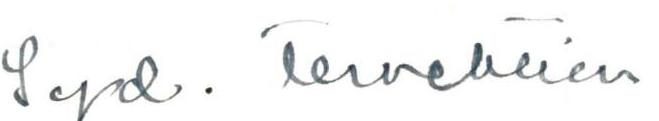
Syd. Tervehtien